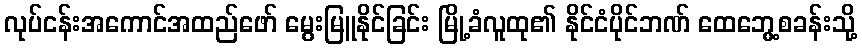
လုပ်ငန်းအကောင်အထည်ဖော် မွေးမြူနိုင်ခြင်း မြို့ခံလူထု၏ နိုင်ငံပိုင်ဘဏ် ထေဘွေ့စခန်းသို့